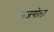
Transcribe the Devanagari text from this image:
गजगोला